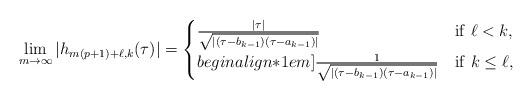
LaTeX: \begin{align*}\lim_{m\rightarrow\infty}|h_{m(p+1)+\ell,k}(\tau)|=\begin{cases}\frac{|\tau|}{\sqrt{|(\tau-b_{k-1})(\tau-a_{k-1})|}} & \mathrm{if}\ \ell<k,\\begin{align*}1em]\frac{1}{\sqrt{|(\tau-b_{k-1})(\tau-a_{k-1})|}} & \mathrm{if}\ k\leq \ell,\end{cases}\end{align*}